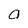
Character: O